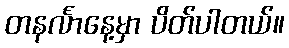
တနင်္လာနေ့မှာ ပိတ်ပါတယ်။